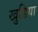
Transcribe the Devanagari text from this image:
खुडिया